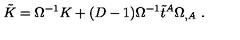
\tilde { K } = \Omega ^ { - 1 } K + ( D - 1 ) \Omega ^ { - 1 } \tilde { t } ^ { A } \Omega _ { , A } \ .